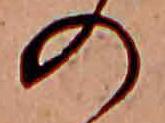
の